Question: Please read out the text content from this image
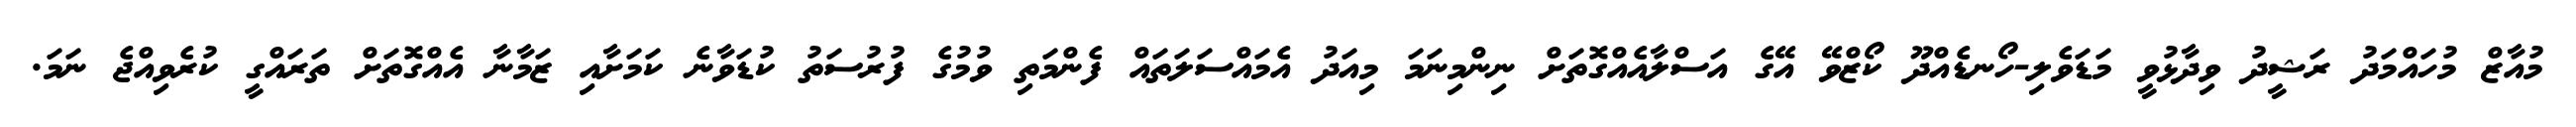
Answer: މުއާޒް މުހައްމަދު ރަޝީދު ވިދާޅުވީ މަޑަވެލި-ހޯނޑެއްދޫ ކޯޒްވޭ އޭގެ އަސްލާއެއްގޮތަށް ނިންމިނަމަ މިއަދު އެމައްސަލަތައް ފެންމަތި ވުމުގެ ފުރުސަތު ކުޑަވާނެ ކަމަށާއި ޒަމާނާ އެއްގޮތަށް ތަރައްގީ ކުރެވިއްޖެ ނަމަ.